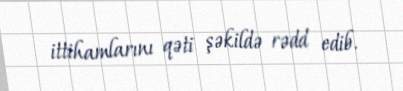
ittihamlarını qəti şəkildə rədd edib.